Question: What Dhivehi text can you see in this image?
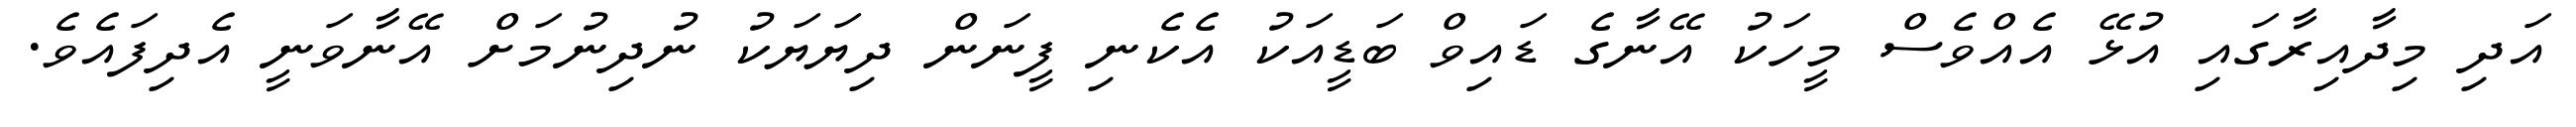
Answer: އަދި މިދާއިރާގައި އުޅޭ އެއްވެސް މީހަކު އޭނާގެ ޑައިވް ބަޑީއަކު އެކެނި ފީނަން ދިޔަޔަކު ނުދިނުމަށް އޭނާވަނީ އެދިފައެވެ.